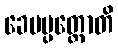
ခေမပ္ပတ္တောတိ